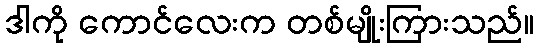
ဒါကို ကောင်လေးက တစ်မျိုးကြားသည်။